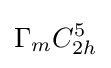
\Gamma _{m}C_{2h}^{5}